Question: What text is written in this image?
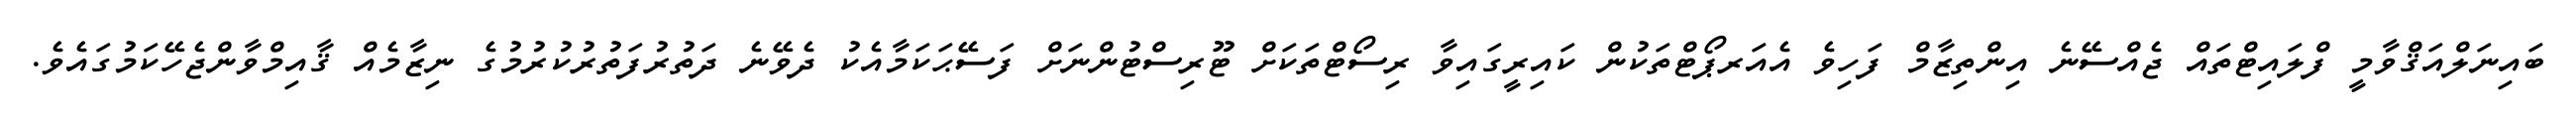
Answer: ބައިނަލްއަޤްވާމީ ފްލައިޓްތައް ޖެއްސޭނެ އިންތިޒާމް ފަހިވެ އެއަރޕޯޓްތަކުން ކައިރީގައިވާ ރިސޯޓްތަކަށް ޓޫރިސްޓުންނަށް ފަސޭޙަކަމާއެކު ދެވޭނެ ދަތުރުފަތުރުކުރުމުގެ ނިޒާމެއް ޤާއިމްވާންޖެހޭކަމުގައެވެ.